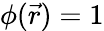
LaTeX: \phi(\vec{r})=1